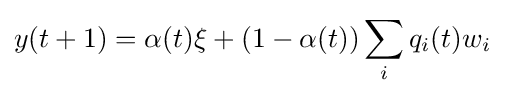
y(t+1)=\alpha (t)\xi +(1-\alpha (t))\sum _{i}q_{i}(t)w_{i}\,\!